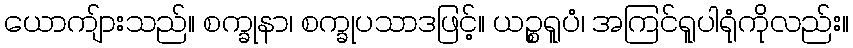
ယောကျ်ားသည်။ စက္ခုနာ၊ စက္ခုပသာဒဖြင့်။ ယဉ္စရူပံ၊ အကြင်ရူပါရုံကိုလည်း။